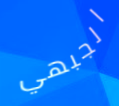
الجبهي